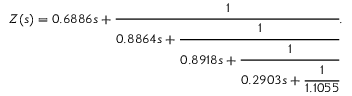
Z ( s ) = 0 . 6 8 8 6 s + \cfrac { 1 } { 0 . 8 8 6 4 s + \cfrac { 1 } { 0 . 8 9 1 8 s + \cfrac { 1 } { 0 . 2 9 0 3 s + \cfrac { 1 } { 1 . 1 0 5 5 } } } } .